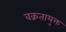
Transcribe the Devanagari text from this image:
वक्रतायुक्त